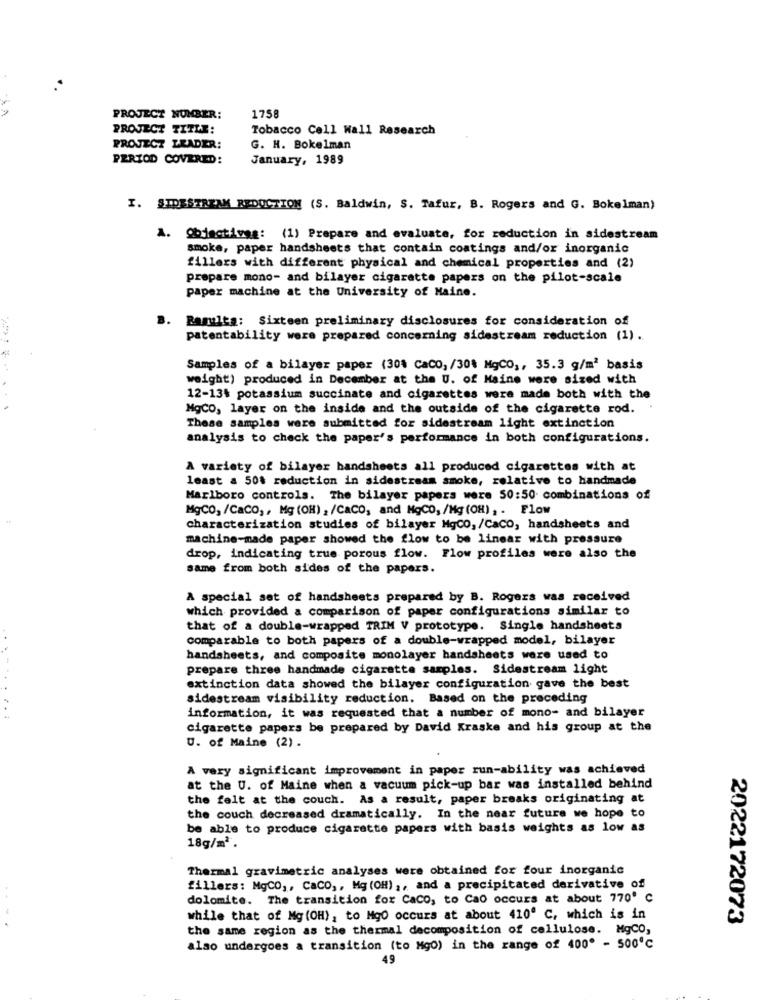
PROJECT NUMBER:
1758
PROJECT TITLE:
Tobacco Cell Wall Research
PROJECT LEADER:
G. H. Bokelman
PERIOD COVERED:
January, 1989
I. SIDESTREAM REDUCTION (S. Baldwin, S. Tafur, B. Rogers and G. Bokelman)
A.
Objectives: (1) Prepare and evaluate, for reduction in sidestream
smoke, paper handsheets that contain coatings and/or inorganic
fillers with different physical and chemical properties and (2)
prepare mono- and bilayer cigarette papers on the pilot-scale
paper machine at the University of Maine.
B. Bamulta: Sixteen preliminary disclosures for consideration of
patentability were prepared concerning sidestream reduction (1).
Samples of a bilayer paper (30% CaCO, /30% MgCO ,, 35.3 g/m2 basis
weight) produced in December at the U. of Maine were sized with
12-13% potassium succinate and cigarettes were made both with the
MgCO, layer on the inside and the outside of the cigarette rod.
These samples were submitted for sidestream light extinction
analysis to check the paper's performance in both configurations.
A variety of bilayer bandsheets all produced cigarettes with at
least a 50% reduction in sidestream smoke, relative to handmade
Marlboro controls. The bilayer papers were 50:50 combinations of
MgCO, /CaCO ,, Mg (OH) , /CaCO, and MgCO, /Mg (OH) , . Flow
characterization studies of bilayer MgCO, /CaCO, handsheets and
machine-made paper showed the flow to be linear with pressure
drop, indicating true porous flow. Flow profiles were also the
same from both sides of the papers.
A special set of handsheets prepared by B. Rogers was received
which provided a comparison of paper configurations similar to
that of a double-wrapped TRIM V prototype. Single handsheets
comparable to both papers of a double-wrapped model, bilayer
handsheets, and composite monolayer handsheets were used to
...-.
prepare three handmade cigarette samples. Sidestream light
extinction data showed the bilayer configuration gave the best
sidestream visibility reduction. Based on the preceding
information, it was requested that a number of mono- and bilayer
cigarette papers be prepared by David Kraske and his group at the
U. of Maine (2) .
A very significant improvement in paper run-ability was achieved
at the U. of Maine when a vacuum pick-up bar was installed behind
the felt at the couch. As a result, paper breaks originating at
the couch decreased dramatically. In the near future we hope to
be able to produce cigarette papers with basis weights as low as
18g/m2.
Thermal gravimetric analyses were obtained for four inorganic
fillers: MgCO ,, CaCO ,, Mg (OH) ,, and a precipitated derivative of
dolomite. The transition for Caco, to Cao occurs at about 770' C
while that of Mg (OH), to Mg0 occurs at about 410º C, which is in
2022172073
the same region as the thermal decomposition of cellulose. MgCO,
also undergoes a transition (to Mg0) in the range of 400 - 500℃
49